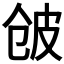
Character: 𱎲